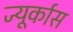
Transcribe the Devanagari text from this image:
ज्यूर्कास